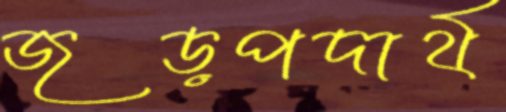
জড়পদার্থ